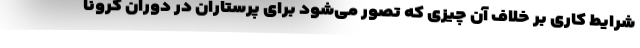
شرایط کاری بر خلاف آن چیزی که تصور می‌شود برای پرستاران در دوران کرونا